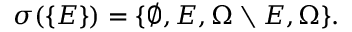
\sigma ( \{ E \} ) = \{ \emptyset , E , \Omega \setminus E , \Omega \} .